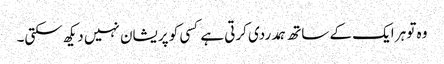
وہ تو ہر ایک کے ساتھ ہمدردی کرتی ہے کسی کو پریشان نہیں دیکھ سکتی۔